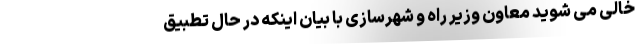
خالی می شوید معاون وزیر راه و شهرسازی با بیان اینکه در حال تطبیق